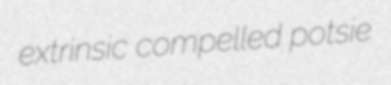
extrinsic compelled potsie